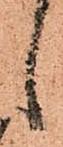
候